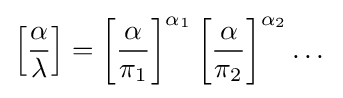
\left[{\frac {\alpha }{\lambda }}\right]=\left[{\frac {\alpha }{\pi _{1}}}\right]^{\alpha _{1}}\left[{\frac {\alpha }{\pi _{2}}}\right]^{\alpha _{2}}\dots